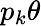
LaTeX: p_{k}\theta